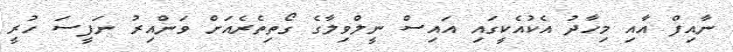
ނާއިފް އާއި މިހާދު އެކުއެކީގައި އައިސް ނީލްވިލާގެ ގޯތިތެރެއަށް ވަންއިރު ނަފީސަ ހުރީ